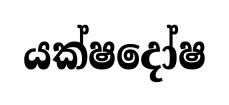
යක්ෂදෝෂ